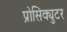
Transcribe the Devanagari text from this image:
प्रोसिक्युटर